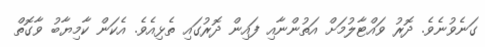
ގަނެވުނެވެ. ދޮރު ވައްޓާލުމަށް އަތުންނާއި ފައިން ދޮރުގައި ތެޅިއެވެ. އެކަން ކާމިޔާބު ވާގޮތް